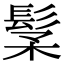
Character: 𩬽